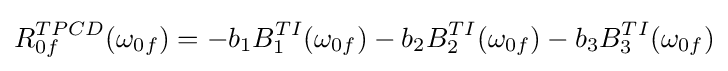
R_{0f}^{TPCD}(\omega _{0f})=-b_{1}B_{1}^{TI}(\omega _{0f})-b_{2}B_{2}^{TI}(\omega _{0f})-b_{3}B_{3}^{TI}(\omega _{0f})